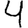
Digit: 4